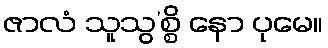
ဇာလံ သူသွ’စ္စိ နော ပုမေ။